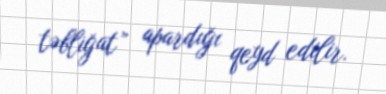
təbliğat” apardığı qeyd edilir.